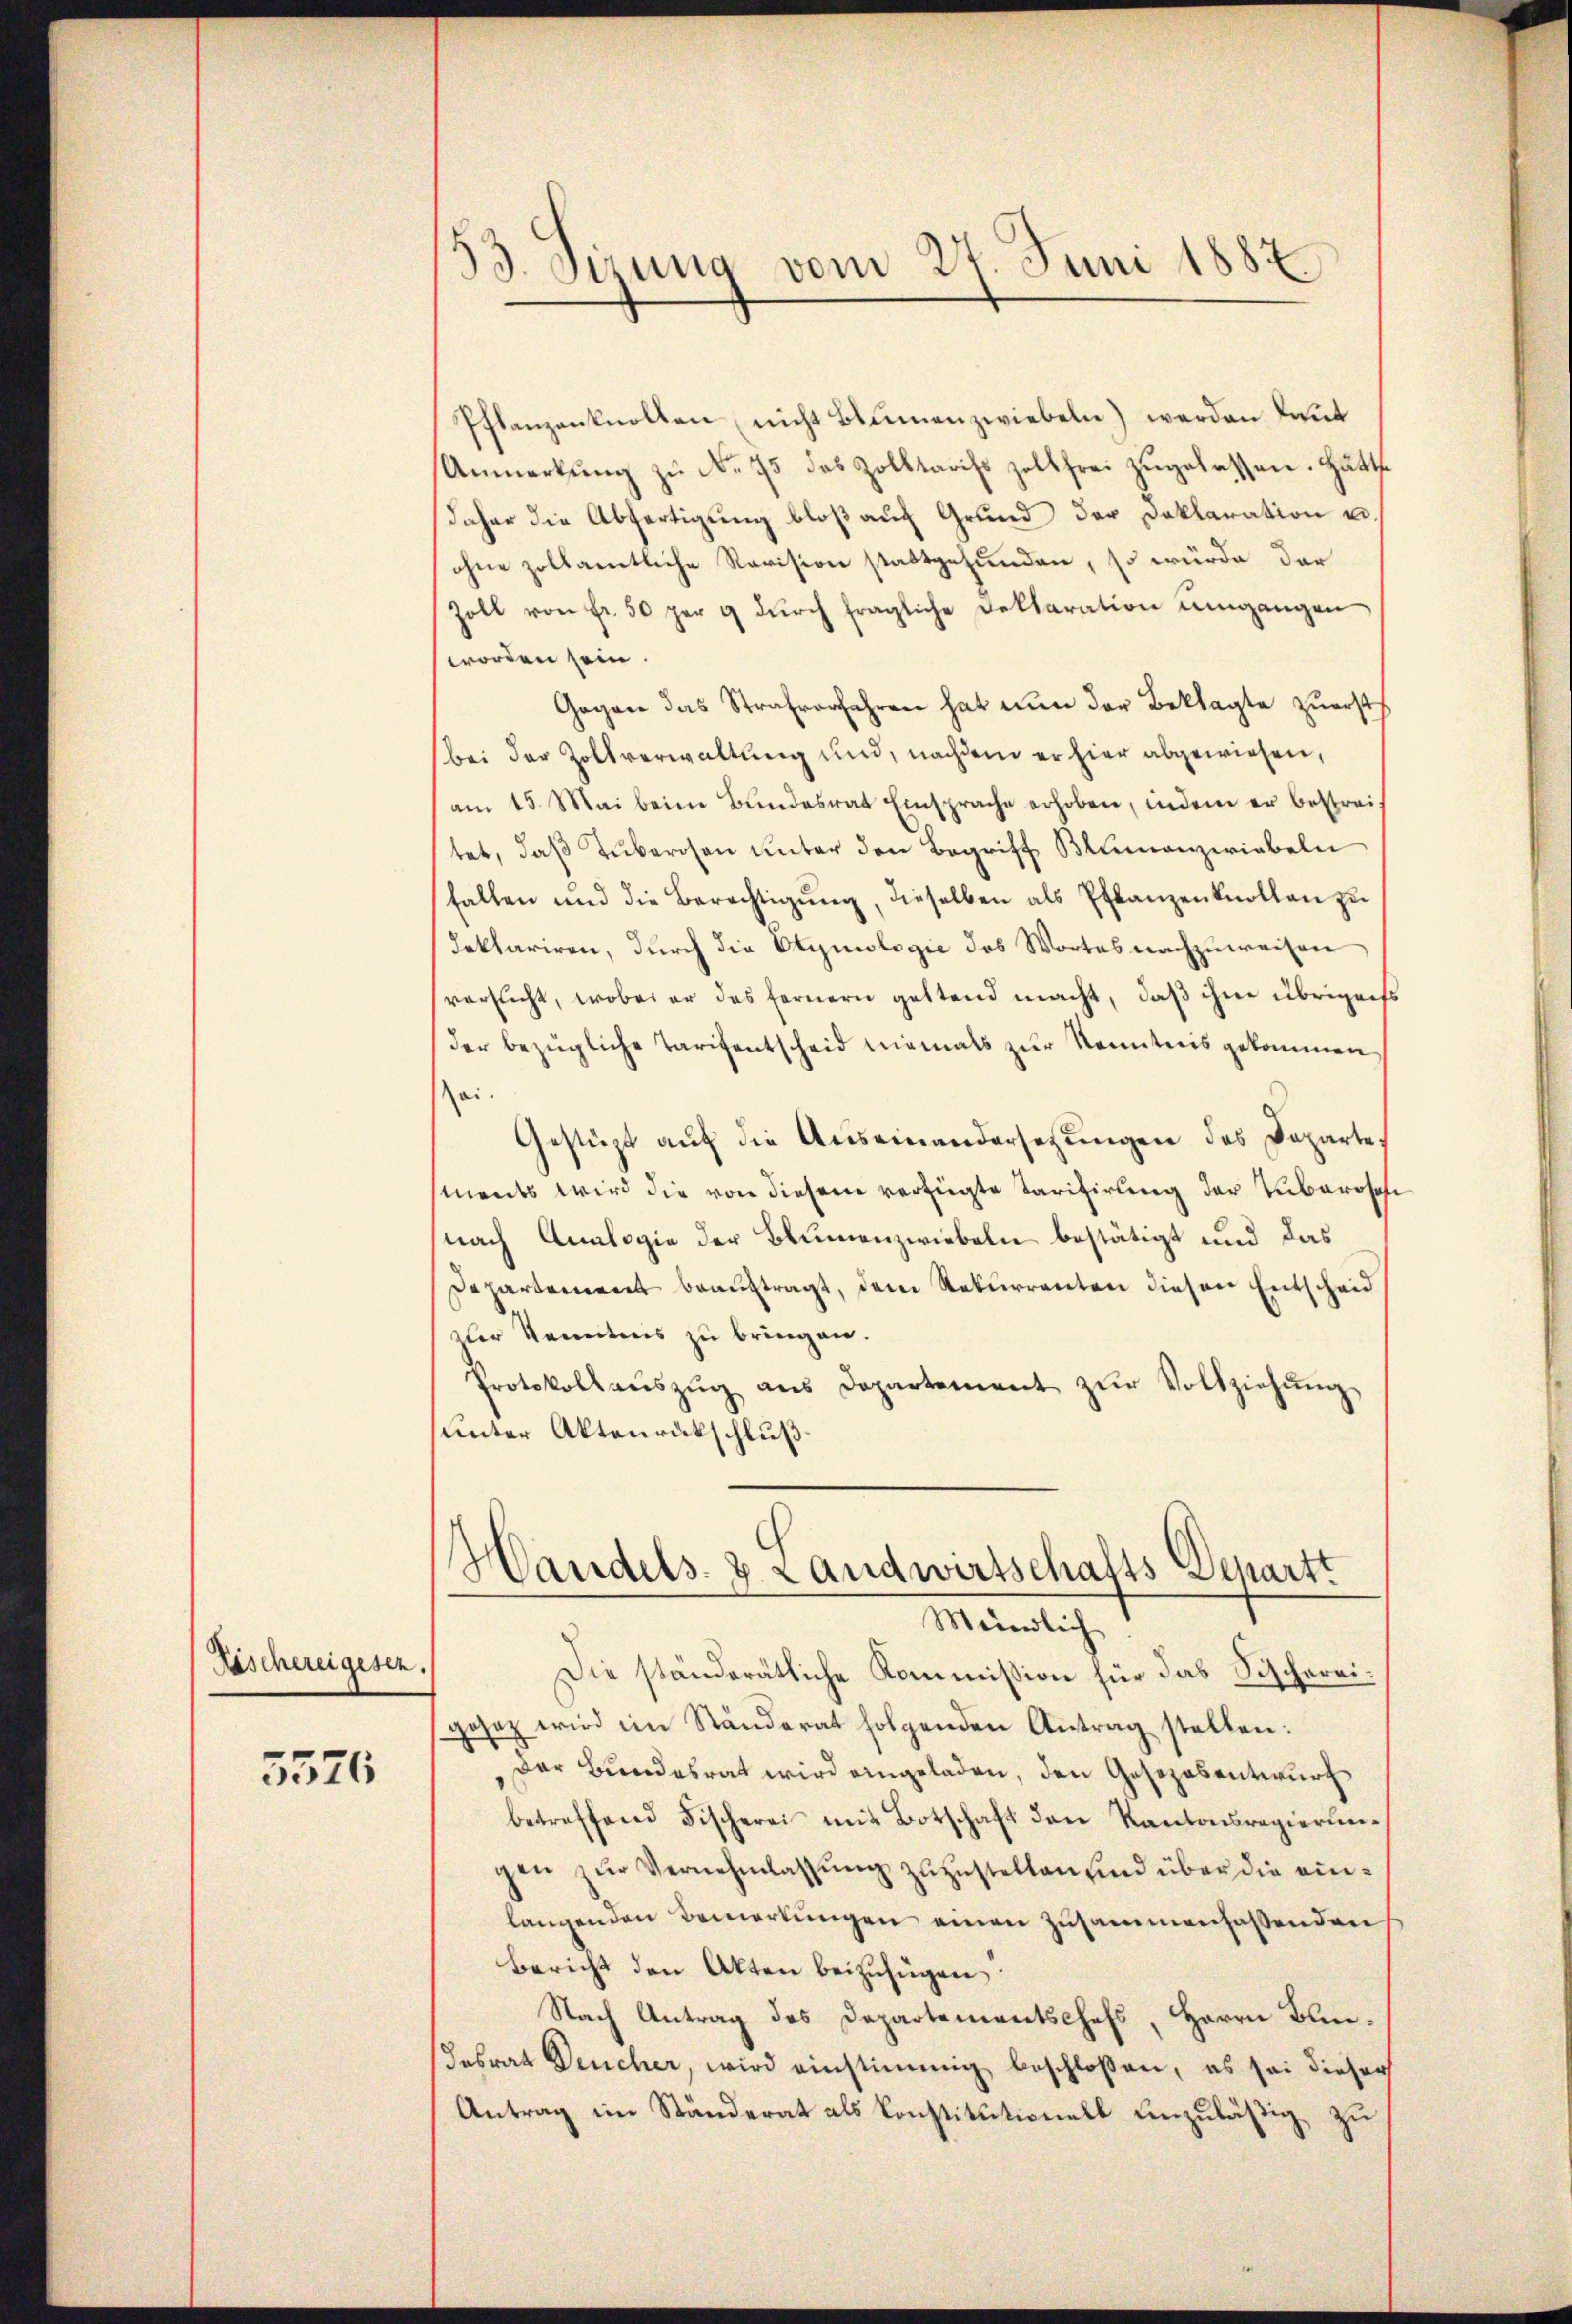
Fischereigesen.

5576

d
3. Sizung vom 27. Juni 1887

Pflanzenknollen nicht Blumenzwiebeln) werden laut
Anmerkŭng zŭ No. 75 das Zolltarifs zollfrei zŭgelassen. Hätte
daher die Abfertigung bloß auf Grund der Deklaration u.
ohne zollamtliche Revision stattgefunden, so würde der
Zoll von Fr. 50 per 9 dŭrch fragliche Deklaration umgangen
worden sein.
Gegen das Strafverfahren hat nun der Beklagte zuerst
bei der Zollverwaltung und, nachdem er hier abgewiesen,
am 15. Mai beim Bundesrat Einsprache erhoben, indem er bestreif
tet, daß Tuberosen unter den Begriff Blumenzwirbeln
fallen und die Berechtigŭng, dieselben als Pflanzenknollen zu
deklariren, durch die Etymologie des Wortes nachzuweisen
versucht, wobei er das Fernern geltend macht, daß ihm übrigens
der bezügliche Tarifentscheid niemals zur Kenntnis gekommen
sei.
Gestüzt auf die Auseinandersetzungen des Departe
ments wird die von diesem verfügte Tarifirung der Zubaroschi
nach Analogie der Blumenzwiebeln bestätigt und das
Departement beauftragt, dem Rekurrenten diesen Entscheid
zler Kenntnis zu bringen.
Protokollaŭszŭg ans Departement zŭr Vollziehŭng
unter Aktenrückschluß
Handels- & Landwirtschafts Departt
Mündlich
Die ständerätliche Kommission für das Fischereigesez wird im Ständerat folgenden Antrag stellen:
Der Bundesrat wird eingeladen, den Gesezesentwurf
betreffend Fischerei mit Botschaft den Kantonsregierungen zŭr Vernehmlassŭng zuzustellen sind über die einlangenden Bemerkungen einen zusammenfaßenden
Bericht den Akten beizufügen.
Nach Antrag des Departementschefs, Herrn Bun¬
Fabrat Deucher, wird einstimmig beschloßen, es sei dieser
Antrag im Ständerat als Konstitutionell einzuläßig zu